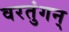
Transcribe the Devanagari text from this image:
वरतुंगन्